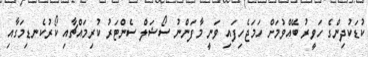
ކުޑަކުދިންގެ ހަވީރު ބޭއްވުމަށް ހަމަޖެހިފައި ވަނީ މާފަންނު ސޯޝަލް ސެންޓަރު ކުރިމައްޗާއި ކޯރުކެނޑިމަގާއި